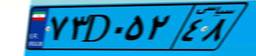
۷۳D۰۵۲۴۸